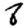
Digit: 8